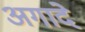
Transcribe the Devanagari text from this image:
अगादे